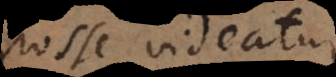
posse videatur